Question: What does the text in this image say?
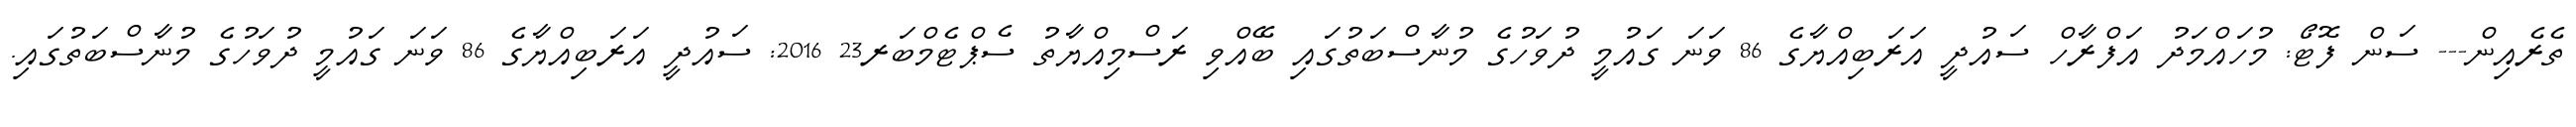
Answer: ތެރެއިން--- ސަން ފޮޓޯ: މުހައްމަދު އަފްރާހް ސައުދީ އަރަބިއްޔާގެ 86 ވަނަ ގައުމީ ދުވަހުގެ މުނާސްބަތުގައި ބޭއްވި ރަސްމިއްޔާތު ސެޕްޓެމްބަރ23 2016: ސައުދީ އަރަބިއްޔާގެ 86 ވަނަ ގައުމީ ދުވަހުގެ މުނާސްބަތުގައި.